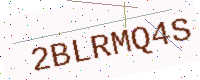
Text: 2BLRMQ4S